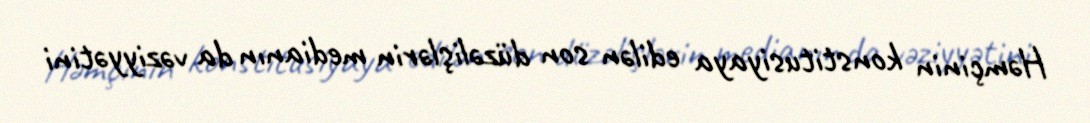
Həmçinin konstitusiyaya edilən son düzəlişlərin medianın da vəziyyətini